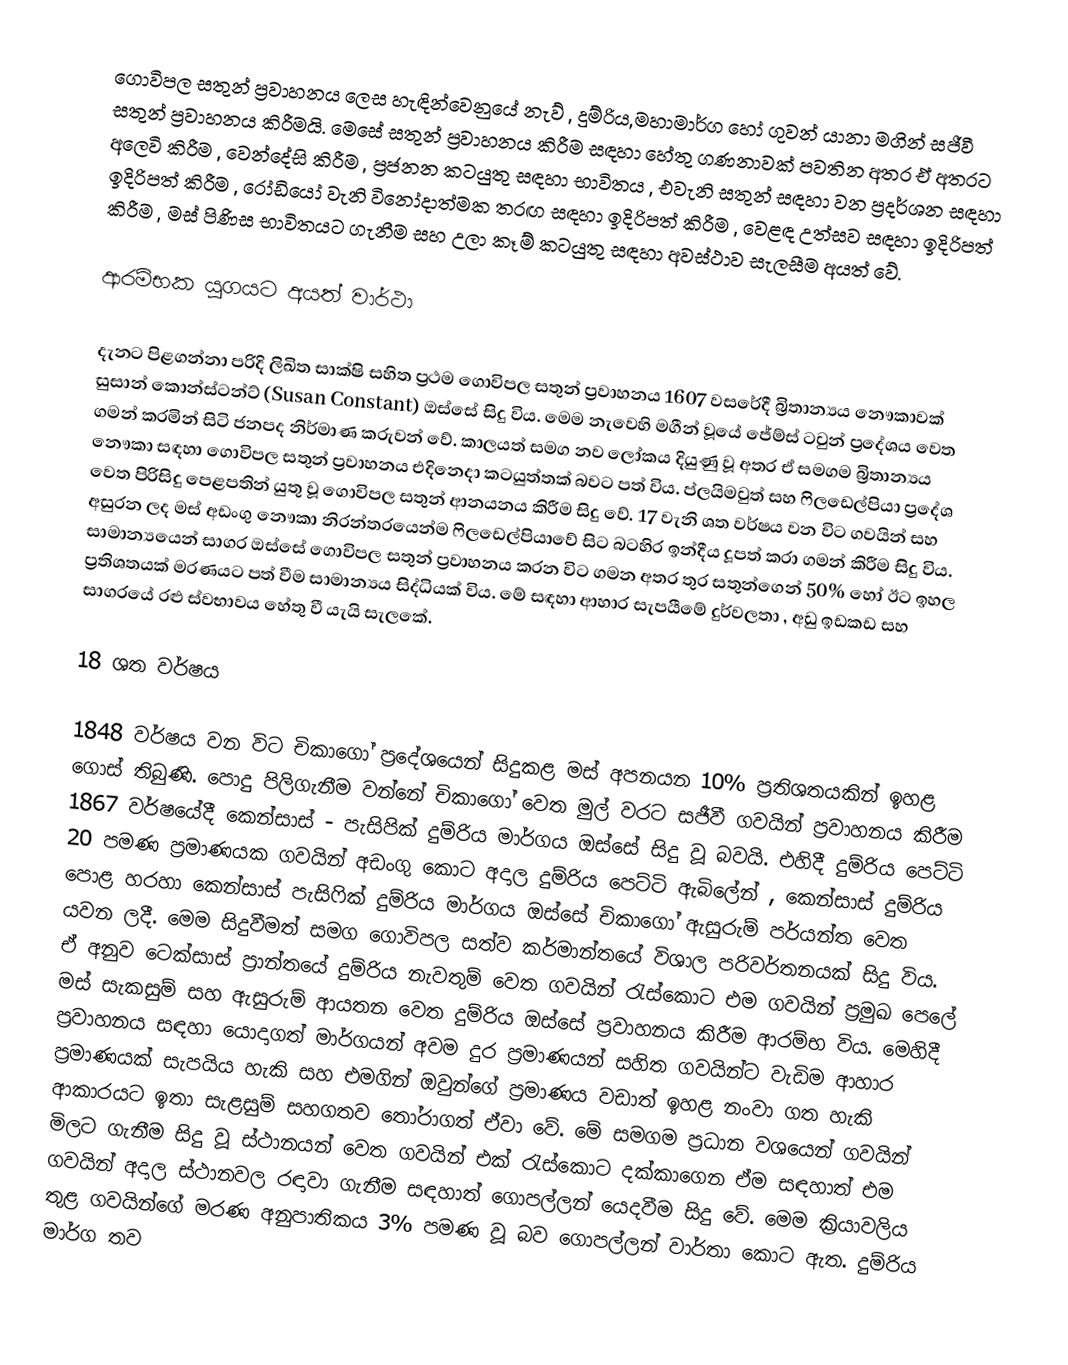
ගොවිපල සතුන් ප්‍රවාහනය ලෙස හැඳින්වෙනුයේ නැව් , දුම්රිය,මහාමාර්ග හෝ ගුවන් යානා මගින් සජීවී සතුන් ප්‍රවාහනය කිරීමයි. මෙසේ සතුන් ප්‍රවාහනය කිරීම සඳහා හේතු ගණනාවක් පවතින අතර ඒ අතරට අලෙවි කිරීම , වෙන්දේසි කිරීම , ප්‍රජනන කටයුතු සඳහා භාවිතය , එවැනි සතුන් සඳහා වන ප්‍රදර්ශන සඳහා ඉදිරිපත් කිරීම , රෝඩියෝ වැනි විනෝදාත්මක තරඟ සඳහා ඉදිරිපත් කිරීම , වෙළඳ උත්සව සඳහා ඉදිරිපත් කිරීම , මස් පිණිස භාවිතයට ගැනීම සහ උලා කෑම් කටයුතු සඳහා අවස්ථාව සැලසීම අයත් වේ.

ආරම්භක යුගයට අයත් වාර්ථා

දැනට පිළගන්නා පරිදි ලිඛිත සාක්ෂි සහිත ප්‍රථම ගොවිපල සතුන් ප්‍රවාහනය 1607 වසරේදී බ්‍රිතාන්‍යය නෞකාවක් සුසාන් කොන්ස්ටන්ට් (Susan Constant) ඔස්සේ සිදු විය. මෙම නැවෙහි මගීන් වූයේ ජේම්ස් ටවුන් ප්‍රදේශය වෙත ගමන් කරමින් සිටි ජනපද නිර්මාණ කරුවන් වේ. කාලයත් සමග නව ලෝකය දියුණු වූ අතර ඒ සමගම බ්‍රිතාන්‍යය නෞකා සඳහා ගොවිපල සතුන් ප්‍රවාහනය එදිනෙදා කටයුත්තක් බවට පත් විය. ප්ලයිමවුත් සහ ෆිලඩෙල්පියා ප්‍රදේශ වෙත පිරිසිදු පෙළපතින් යුතු වූ ගොවිපල සතුන් ආනයනය කිරීම සිදු වේ. 17 වැනි ශත වර්ෂය වන විට ගවයින් සහ අසුරන ලද මස් අඩංගු නෞකා නිරන්තරයෙන්ම ෆිලඩෙල්පියාවේ සිට බටහිර ඉන්දීය දූපත් කරා ගමන් කිරීම සිදු විය. සාමාන්‍යයෙන් සාගර ඔස්සේ ගොවිපල සතුන් ප්‍රවාහනය කරන විට ගමන අතර තුර සතුන්ගෙන් 50% හෝ ඊට ඉහල ප්‍රතිශතයක් මරණයට පත් වීම සාමාන්‍යය සිද්ධියක් විය. මේ සඳහා ආහාර සැපයීමේ දුර්වලතා , අඩු ඉඩකඩ සහ සාගරයේ රළු ස්වභාවය හේතු වී යැයි සැලකේ.

18 ශත වර්ෂය

1848 වර්ෂය වන විට චිකාගෝ ප්‍රදේශයෙන් සිදුකළ මස් අපනයන 10% ප්‍රතිශතයකින් ඉහළ ගොස් තිබුණි. පොදු පිලිගැනීම වන්නේ චිකාගෝ වෙත මුල් වරට සජීවී ගවයින් ප්‍රවාහනය කිරීම 1867 වර්ෂයේදී කෙන්සාස් - පැසිපික් දුම්රිය මාර්ගය ඔස්සේ සිදු වූ බවයි. එහිදී දුම්රිය පෙට්ටි 20 පමණ ප්‍රමාණයක ගවයින් අඩංගු කොට අදාල දුම්රිය පෙට්ටි ඇබිලේන් , කෙන්සාස් දුම්රිය පොළ හරහා කෙන්සාස් පැසිෆික් දුම්රිය මාර්ගය ඔස්සේ චිකාගෝ ඇසුරුම් පර්යන්ත වෙත යවන ලදී. මෙම සිදුවීමත් සමග ගොවිපල සත්ව කර්මාන්තයේ විශාල පරිවර්තනයක් සිදු විය. ඒ අනුව ටෙක්සාස් ප්‍රාන්තයේ දුම්රිය නැවතුම් වෙත ගවයින් රැස්කොට එම ගවයින් ප්‍රමුඛ පෙලේ මස් සැකසුම් සහ ඇසුරුම් ආයතන වෙත දුම්රිය ඔස්සේ ප්‍රවාහනය කිරීම ආරම්භ විය. මෙහිදී ප්‍රවාහනය සඳහා යොදාගත් මාර්ගයන් අවම දුර ප්‍රමාණයන් සහිත ගවයින්ට වැඩිම ආහාර ප්‍රමාණයක් සැපයිය හැකි සහ එමගින් ඔවුන්ගේ ප්‍රමාණය වඩාත් ඉහළ නංවා ගත හැකි ආකාරයට ඉතා සැළසුම් සහගතව තෝරාගත් ඒවා වේ. මේ සමගම ප්‍රධාන වශයෙන් ගවයින් මිලට ගැනීම සිදු වූ ස්ථානයන් වෙත ගවයින් එක් රැස්කොට දක්කාගෙන ඒම සඳහාත් එම ගවයින් අදාල ස්ථානවල රඳාවා ගැනීම සඳහාත් ගොපල්ලන් යෙදවීම සිදු වේ. මෙම ක්‍රියාවලිය තුළ ගවයින්ගේ මරණ අනුපාතිකය 3% පමණ වූ බව ගොපල්ලන් වාර්තා කොට ඇත. දුම්රිය මාර්ග තව